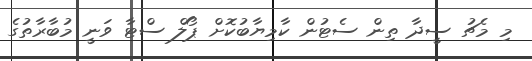
މި މެޗު ސީދާ ތިން ސެޓުން ކާމިޔާބުކޮށް ޕޯލް ސްޓާ ވަނީ މުބާރާތުގެ